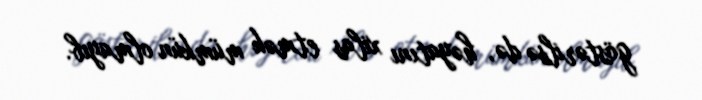
göstərilsə də, həyatını xilas etmək mümkün olmayıb.